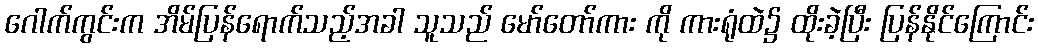
ဂေါက်ကွင်းက အိမ်ပြန်ရောက်သည့်အခါ သူသည် မော်တော်ကား ကို ကားရုံထဲ၌ ထိုးခဲ့ပြီး ပြန်နိုင်ကြောင်း